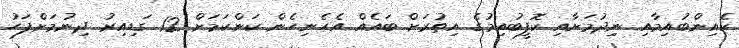
ކެއިންބުއިމާއި ނިދުމަށާއި ކޮފީބުއިމުގެ އިތުރަށް ބައެއް އެހެނިހެން ކަންކަމަށް 12 ގަޑިއިރު ދިނުމަށްފަހު